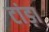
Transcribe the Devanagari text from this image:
टांड़ा